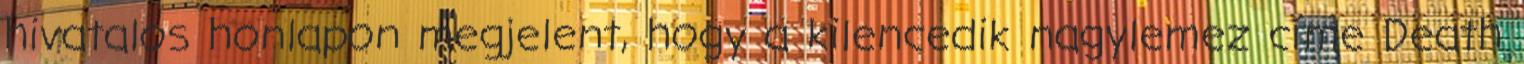
hivatalos honlapon megjelent, hogy a kilencedik nagylemez címe Death